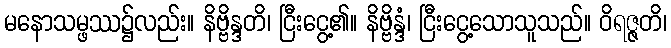
မနောသမ္ဖဿ၌လည်း။ နိဗ္ဗိန္ဒတိ၊ ငြီးငွေ့၏။ နိဗ္ဗိန္ဒံ၊ ငြီးငွေ့သောသူသည်။ ဝိရဇ္ဇတိ၊